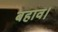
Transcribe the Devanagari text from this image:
बहाव।